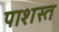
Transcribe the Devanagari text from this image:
पाशस्त